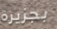
بجزيرة